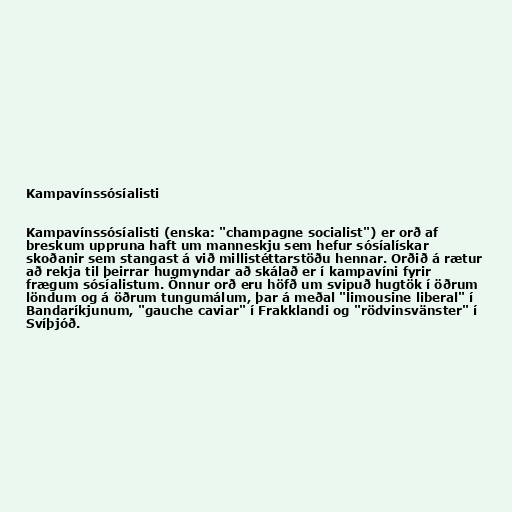
Kampavínssósíalisti

Kampavínssósíalisti (enska: "champagne socialist") er orð af
breskum uppruna haft um manneskju sem hefur sósíalískar
skoðanir sem stangast á við millistéttarstöðu hennar. Orðið á rætur
að rekja til þeirrar hugmyndar að skálað er í kampavíni fyrir
frægum sósíalistum. Önnur orð eru höfð um svipuð hugtök í öðrum
löndum og á öðrum tungumálum, þar á meðal "limousine liberal" í
Bandaríkjunum, "gauche caviar" í Frakklandi og "rödvinsvänster" í
Svíþjóð.